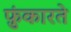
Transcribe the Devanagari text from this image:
फ़ुंकारते